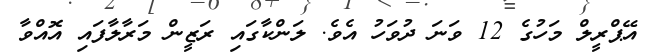
އޭޕްރީލް މަހުގެ 12 ވަނަ ދުވަހު އެވެ. ލަންކާގައި ރަޒީން މަރާލާފައި އޮއްވާ